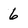
Character: 6